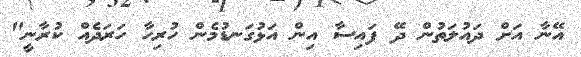
އޭނާ އަށް ދައުލަތުން ދޭ ފައިސާ އިން އަޅުގަނޑުމެން ހުރިހާ ހަރަދެއް ކުރާނީ"